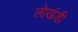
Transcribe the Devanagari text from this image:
लाेखंडी